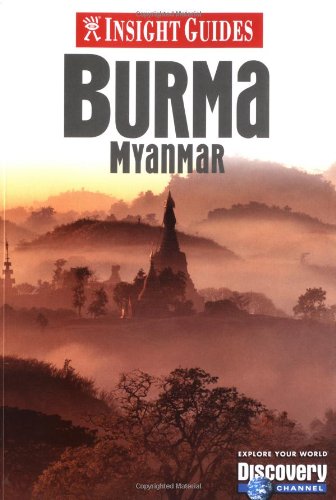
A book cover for Insight Guide Burma/Myanmar (Insight Guides); Francis Doral; Travel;